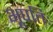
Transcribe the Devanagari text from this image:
भूपतिः